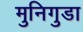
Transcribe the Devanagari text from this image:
मुनिगुडा